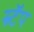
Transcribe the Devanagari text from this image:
स्र्टॅप